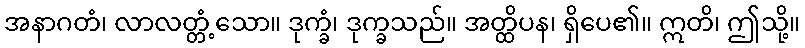
အနာဂတံ၊ လာလတ္တံ့သော။ ဒုက္ခံ၊ ဒုက္ခသည်။ အတ္ထိပန၊ ရှိပေ၏။ ဣတိ၊ ဤသို့။